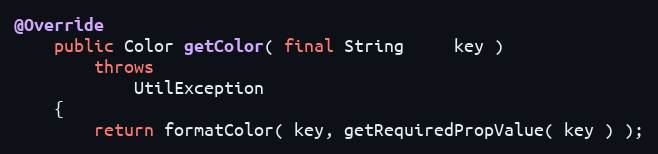
Language: Java
@Override
    public Color getColor( final String     key )
        throws
            UtilException
    {
        return formatColor( key, getRequiredPropValue( key ) );